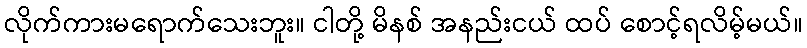
လိုက်ကားမရောက်သေးဘူး။ ငါတို့ မိနစ် အနည်းငယ် ထပ် စောင့်ရလိမ့်မယ်။